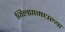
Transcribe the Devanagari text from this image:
जिल्ह्यामधल्या